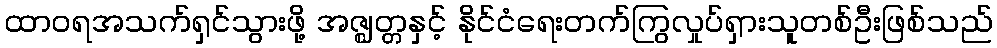
ထာဝရအသက်ရှင်သွားဖို့ အဇ္ဈတ္တနှင့် နိုင်ငံရေးတက်ကြွလှုပ်ရှားသူတစ်ဦးဖြစ်သည်